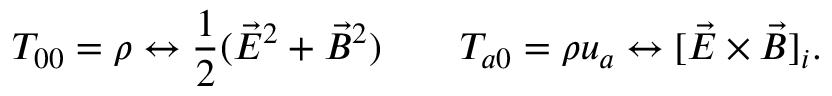
T _ { 0 0 } = \rho \leftrightarrow \frac 1 2 ( \vec { E } ^ { 2 } + \vec { B } ^ { 2 } ) \qquad T _ { a 0 } = \rho u _ { a } \leftrightarrow [ \vec { E } \times \vec { B } ] _ { i } .